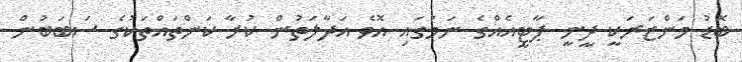
ބޮޑު މަންޒަރަކީ ދީނީ ޕާޓީއެއްގެ ނަމުގައި އޮވެ އަދާލަތުން ކުރާ ކަންތައްތަކުގެ ސަބަބުން